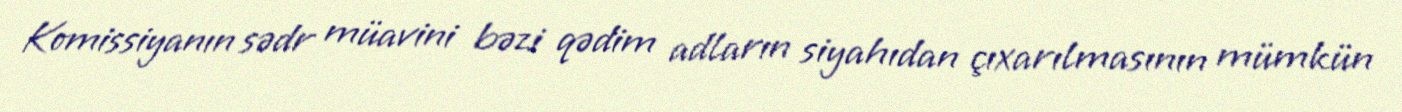
Komissiyanın sədr müavini bəzi qədim adların siyahıdan çıxarılmasının mümkün